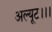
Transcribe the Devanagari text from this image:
अल्यूट।।।